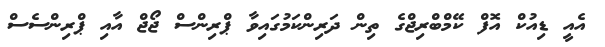
އެއީ ޑިއުކް އޮފް ކޭމްބްރިޖްގެ ތިން ދަރިންކަމުގައިވާ ޕްރިންސް ޖޯޖް އާއި ޕްރިންސެސް